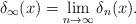
LaTeX: \begin{align*}\delta_\infty(x) = \lim_{n\to \infty} \delta_n(x).\end{align*}